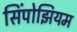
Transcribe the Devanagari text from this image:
सिंपोझियम